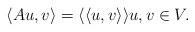
\begin{align*}\langle Au, v \rangle = \langle \langle u,v \rangle \rangle u,v \in V.\end{align*}